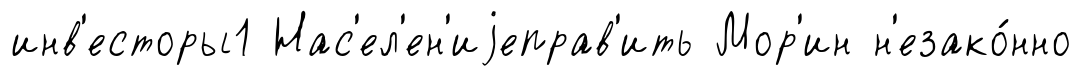
инв'есторы1 Нас'ел'ен'иjеправ'ить Мор'ин н'езако́нно